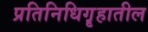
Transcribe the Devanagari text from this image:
प्रतिनिधिगॄहातील